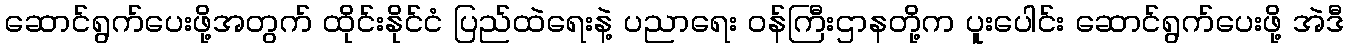
ဆောင်ရွက်ပေးဖို့အတွက် ထိုင်းနိုင်ငံ ပြည်ထဲရေးနဲ့ ပညာရေး ဝန်ကြီးဌာနတို့က ပူးပေါင်း ဆောင်ရွက်ပေးဖို့ အဲဒီ